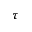
\tau